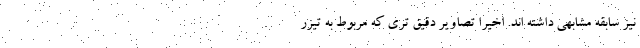
نیز سابقه مشابهی داشته اند. اخیرا تصاویر دقیق تری که مربوط به تیزر